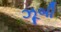
ઝૂબી